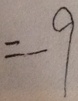
= - 9